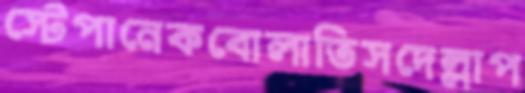
স্টেপানেকবোলাতিসদেল্লাপ